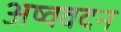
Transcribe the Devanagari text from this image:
अष्ववदन